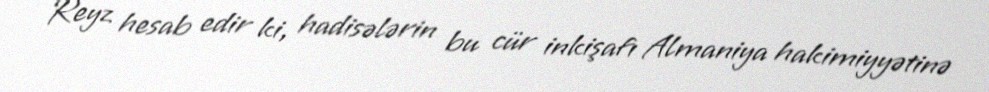
Reyz hesab edir ki, hadisələrin bu cür inkişafı Almaniya hakimiyyətinə